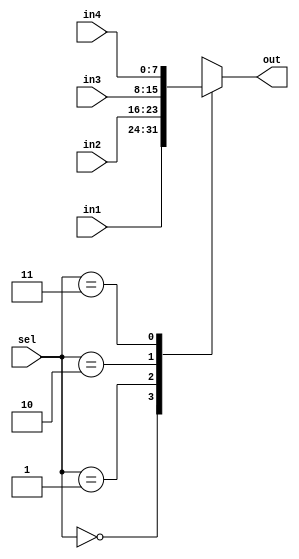
`timescale 1ns / 1ps
//////////////////////////////////////////////////////////////////////////////////
// Company: 
// Engineer: 
// 
// Design Name: 
// Module Name:    mex4to1 
// Project Name: 
// Target Devices: 
// Tool versions: 
// Description: 
//
// Dependencies: 
//
// Revision: 
// Revision 0.01 - File Created
// Additional Comments: 
//
//////////////////////////////////////////////////////////////////////////////////
module mux4to1(
				 input [7:0]in1,
				 input [7:0]in2,
				 input [7:0]in3,
				 input [7:0]in4,
				 output reg [7:0]out,
				 input [1:0]sel
    );
	 always@(*)
	 begin
		 case(sel)
			 2'd0:
			 out=in1;
			 
			 2'd1:
			 out=in2;
			 
			 2'd2:
			 out=in3;
			 
			 2'd3:
			 out=in4;
		 endcase
	 end


endmodule